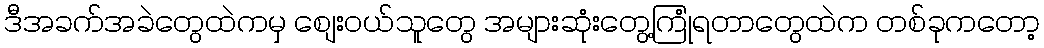
ဒီအခက်အခဲတွေထဲကမှ စျေးဝယ်သူတွေ အများဆုံးတွေ့ကြုံရတာတွေထဲက တစ်ခုကတော့